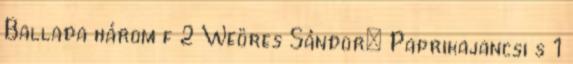
Ballada három f 2 Weöres Sándor: Paprikajancsi s 1